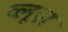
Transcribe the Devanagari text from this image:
व्लूज़